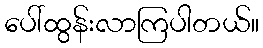
ပေါ်ထွန်းလာကြပါတယ်။